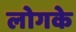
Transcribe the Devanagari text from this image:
लोगके